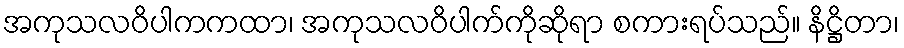
အကုသလဝိပါကကထာ၊ အကုသလဝိပါက်ကိုဆိုရာ စကားရပ်သည်။ နိဋ္ဌိတာ၊